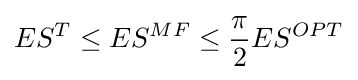
ES^{T}\leq ES^{MF}\leq {\frac {\pi }{2}}ES^{OPT}